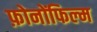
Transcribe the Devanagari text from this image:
फ़ोनोंफिल्म